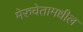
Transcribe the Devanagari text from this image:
मेरुचेतामधील